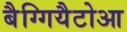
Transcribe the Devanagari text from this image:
बैग्गियैटोआ